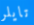
تايلر